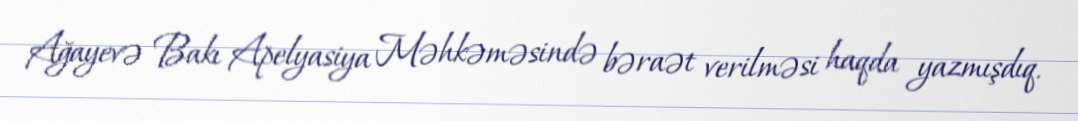
Ağayevə Bakı Apelyasiya Məhkəməsində bəraət verilməsi haqda yazmışdıq.